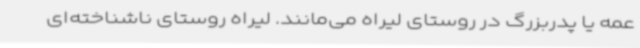
عمه یا پدربزرگ در روستای لیراه می‌مانند. لیراه روستای ناشناخته‌ای